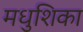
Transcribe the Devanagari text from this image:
मधुशिका